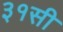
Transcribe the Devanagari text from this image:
३१सी